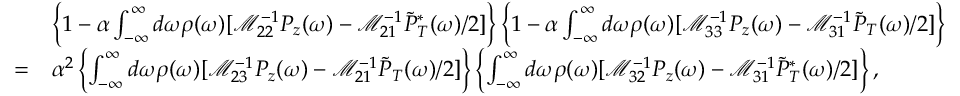
\begin{array} { r l } & { \left\{ 1 - \alpha \int _ { - \infty } ^ { \infty } d \omega \rho ( \omega ) [ \mathcal M _ { 2 2 } ^ { - 1 } P _ { z } ( \omega ) - \mathcal M _ { 2 1 } ^ { - 1 } \tilde { P } _ { T } ^ { * } ( \omega ) / 2 ] \right\} \left\{ 1 - \alpha \int _ { - \infty } ^ { \infty } d \omega \rho ( \omega ) [ \mathcal M _ { 3 3 } ^ { - 1 } P _ { z } ( \omega ) - \mathcal M _ { 3 1 } ^ { - 1 } \tilde { P } _ { T } ( \omega ) / 2 ] \right\} } \\ { = } & { \alpha ^ { 2 } \left\{ \int _ { - \infty } ^ { \infty } d \omega \rho ( \omega ) [ \mathcal M _ { 2 3 } ^ { - 1 } P _ { z } ( \omega ) - \mathcal M _ { 2 1 } ^ { - 1 } \tilde { P } _ { T } ( \omega ) / 2 ] \right\} \left\{ \int _ { - \infty } ^ { \infty } d \omega \rho ( \omega ) [ \mathcal M _ { 3 2 } ^ { - 1 } P _ { z } ( \omega ) - \mathcal M _ { 3 1 } ^ { - 1 } \tilde { P } _ { T } ^ { * } ( \omega ) / 2 ] \right\} , } \end{array}